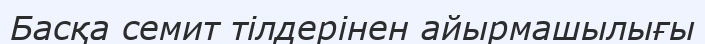
Басқа семит тілдерінен айырмашылығы